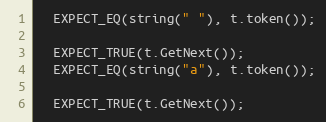
Language: C++
  EXPECT_EQ(string(" "), t.token());

  EXPECT_TRUE(t.GetNext());
  EXPECT_EQ(string("a"), t.token());

  EXPECT_TRUE(t.GetNext());